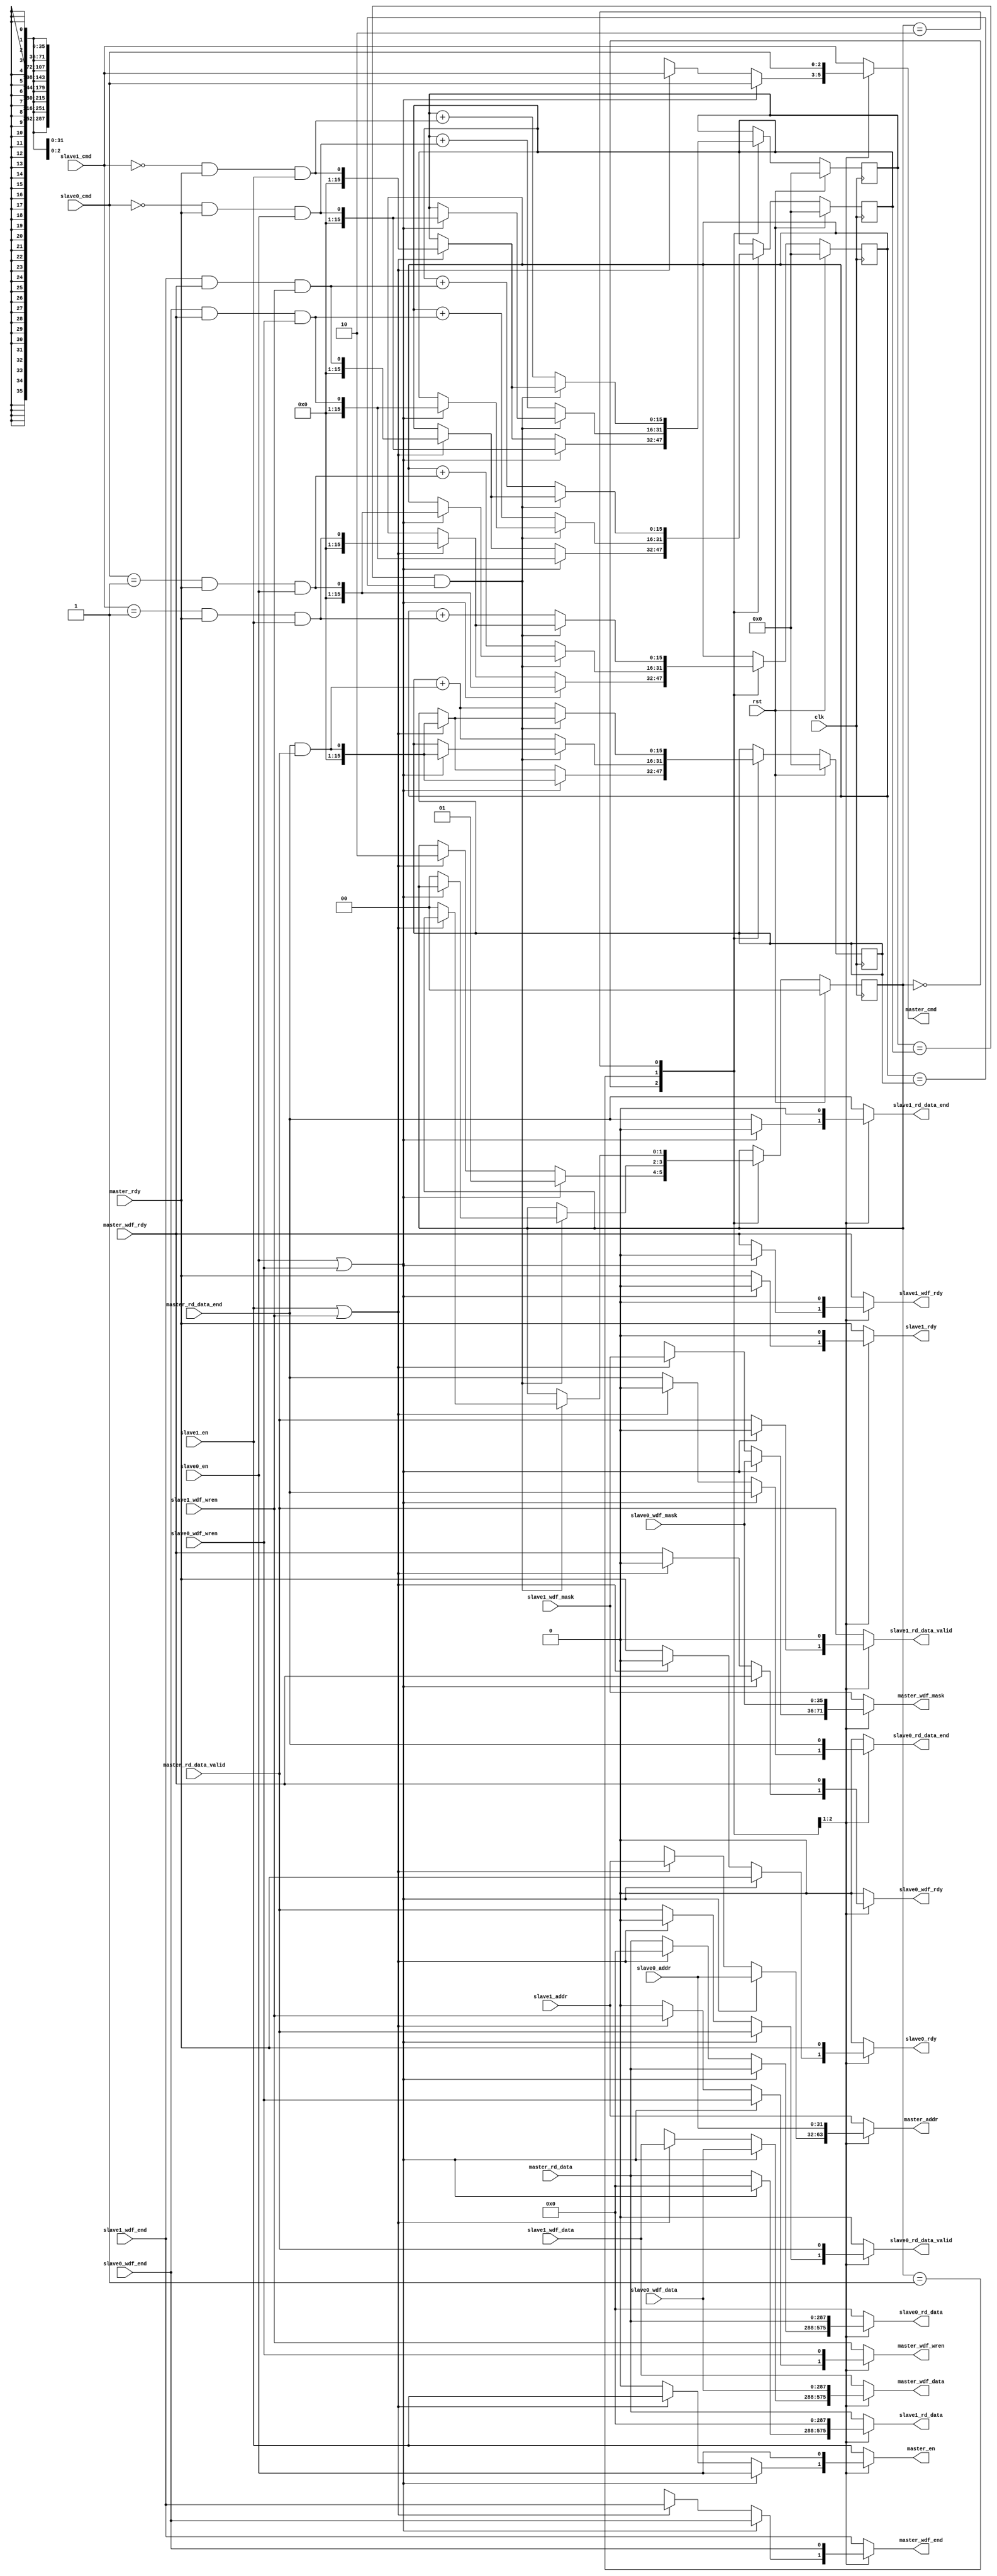
module ddr3_arbiter(
 input  clk,
 input  rst,

 // signals to/from ddr3 
 output reg [ 31:0]master_addr,
 output reg        master_wdf_wren,     // positive logic write strobe
 output reg        master_en,           // equivalent to master_cmd_valid
 output reg [287:0]master_wdf_data,
 output reg [ 35:0]master_wdf_mask,
 output reg [  2:0]master_cmd,          // new output (000=write, 001=read)
 output reg        master_wdf_end,      // new output - last write value
 input      [287:0]master_rd_data,
 input             master_rd_data_valid,
 input             master_rd_data_end,  // new input - last read value
 input             master_rdy,          // ready for command
 input             master_wdf_rdy,      // write data fifo ready

 // signals to/from async fifo (this one has priority)
 input      [ 31:0]slave0_addr,
 input             slave0_wdf_wren,
 input             slave0_en,
 input      [287:0]slave0_wdf_data,
 input      [ 35:0]slave0_wdf_mask,
 input      [  2:0]slave0_cmd,
 input             slave0_wdf_end,
 output reg [287:0]slave0_rd_data,
 output reg        slave0_rd_data_valid,
 output reg        slave0_rd_data_end,
 output reg        slave0_rdy,
 output reg        slave0_wdf_rdy,

 // sniffer signals (low priority and read-only)
 input      [ 31:0]slave1_addr,
 input             slave1_wdf_wren,
 input             slave1_en,
 input      [287:0]slave1_wdf_data,
 input      [ 35:0]slave1_wdf_mask,
 input      [  2:0]slave1_cmd,
 input             slave1_wdf_end,
 output reg [287:0]slave1_rd_data,
 output reg        slave1_rd_data_valid,
 output reg        slave1_rd_data_end,
 output reg        slave1_rdy,
 output reg        slave1_wdf_rdy
);
//------------------------------------------------------------------------------

// Command constants
localparam READ  = 3'b001;
localparam WRITE = 3'b000;
//------------------------------------------------------------------------------

// The different states are required to handle the different read and write
// cycle timing options

reg   [1:0]State;
localparam Idle   = 2'd0;
localparam S0Busy = 2'd1;
localparam S1Busy = 2'd2;
//------------------------------------------------------------------------------

// This is asynchronous in order to handle the case where both tries to
// command the controller at the same time.

always @(*) begin
 case(State)
  Idle: begin
   if(slave0_en | slave0_wdf_wren) begin // Higher priority
    master_cmd           <= slave0_cmd;
    master_addr          <= slave0_addr;
    master_en            <= slave0_en;

    master_wdf_data      <= slave0_wdf_data;
    master_wdf_mask      <= slave0_wdf_mask;
    master_wdf_end       <= slave0_wdf_end;
    master_wdf_wren      <= slave0_wdf_wren;
    
    slave0_rdy           <= master_rdy;
    slave0_wdf_rdy       <= master_wdf_rdy;

    slave0_rd_data       <= master_rd_data;
    slave0_rd_data_valid <= master_rd_data_valid;
    slave0_rd_data_end   <= master_rd_data_end;

    slave1_rdy           <= 0;
    slave1_wdf_rdy       <= 0;

    slave1_rd_data       <= 0;
    slave1_rd_data_valid <= 0;
    slave1_rd_data_end   <= 0;

   end else if(slave1_en | slave1_wdf_wren) begin
    master_cmd           <= slave1_cmd;
    master_addr          <= slave1_addr;
    master_en            <= slave1_en;

    master_wdf_data      <= slave1_wdf_data;
    master_wdf_mask      <= slave1_wdf_mask;
    master_wdf_end       <= slave1_wdf_end;
    master_wdf_wren      <= slave1_wdf_wren;

    slave0_rdy           <= 0;
    slave0_wdf_rdy       <= 0;

    slave0_rd_data       <= 0;
    slave0_rd_data_valid <= 0;
    slave0_rd_data_end   <= 0;
    
    slave1_rdy           <= master_rdy;
    slave1_wdf_rdy       <= master_wdf_rdy;

    slave1_rd_data       <= master_rd_data;
    slave1_rd_data_valid <= master_rd_data_valid;
    slave1_rd_data_end   <= master_rd_data_end;

   end else begin
    master_cmd           <= 'hX;
    master_addr          <= 'hX;
    master_en            <=   0;

    master_wdf_data      <= 'hX;
    master_wdf_mask      <= 'hX;
    master_wdf_end       <= 'hX;
    master_wdf_wren      <=   0;
    
    slave0_rdy           <= master_rdy;
    slave0_wdf_rdy       <= master_wdf_rdy;

    slave0_rd_data       <= master_rd_data;
    slave0_rd_data_valid <= master_rd_data_valid;
    slave0_rd_data_end   <= master_rd_data_end;
    
    slave1_rdy           <= master_rdy;
    slave1_wdf_rdy       <= master_wdf_rdy;

    slave1_rd_data       <= master_rd_data;
    slave1_rd_data_valid <= master_rd_data_valid;
    slave1_rd_data_end   <= master_rd_data_end;
   end
  end
//------------------------------------------------------------------------------

  S0Busy: begin
   master_cmd           <= slave0_cmd;
   master_addr          <= slave0_addr;
   master_en            <= slave0_en;

   master_wdf_data      <= slave0_wdf_data;
   master_wdf_mask      <= slave0_wdf_mask;
   master_wdf_end       <= slave0_wdf_end;
   master_wdf_wren      <= slave0_wdf_wren;
    
   slave0_rdy           <= master_rdy;
   slave0_wdf_rdy       <= master_wdf_rdy;

   slave0_rd_data       <= master_rd_data;
   slave0_rd_data_valid <= master_rd_data_valid;
   slave0_rd_data_end   <= master_rd_data_end;

   slave1_rdy           <= 0;
   slave1_wdf_rdy       <= 0;

   slave1_rd_data       <= 0;
   slave1_rd_data_valid <= 0;
   slave1_rd_data_end   <= 0;
  end
//------------------------------------------------------------------------------
  
  default: begin // S1Busy ("default" to prevent inferred latches)
   master_cmd           <= slave1_cmd;
   master_addr          <= slave1_addr;
   master_en            <= slave1_en;

   master_wdf_data      <= slave1_wdf_data;
   master_wdf_mask      <= slave1_wdf_mask;
   master_wdf_end       <= slave1_wdf_end;
   master_wdf_wren      <= slave1_wdf_wren;

   slave0_rdy           <= 0;
   slave0_wdf_rdy       <= 0;

   slave0_rd_data       <= 0;
   slave0_rd_data_valid <= 0;
   slave0_rd_data_end   <= 0;
    
   slave1_rdy           <= master_rdy;
   slave1_wdf_rdy       <= master_wdf_rdy;

   slave1_rd_data       <= master_rd_data;
   slave1_rd_data_valid <= master_rd_data_valid;
   slave1_rd_data_end   <= master_rd_data_end;
  end
 endcase
end
//------------------------------------------------------------------------------

// Useful short-cuts
wire [1:0]WriteCommand;
wire [1:0]WriteEnd;
wire [1:0]ReadCommand;
wire [1:0]ReadEnd;

assign WriteCommand[0] = (slave0_cmd == WRITE) & master_rdy & slave0_en;
assign ReadCommand [0] = (slave0_cmd == READ ) & master_rdy & slave0_en;
assign WriteEnd    [0] = (slave0_wdf_end & master_wdf_rdy & slave0_wdf_wren);
assign ReadEnd     [0] = (master_rd_data_end & master_rd_data_valid);

assign WriteCommand[1] = (slave1_cmd == WRITE) & master_rdy & slave1_en;
assign ReadCommand [1] = (slave1_cmd == READ ) & master_rdy & slave1_en;
assign WriteEnd    [1] = (slave1_wdf_end & master_wdf_rdy & slave1_wdf_wren);
assign ReadEnd     [1] = (master_rd_data_end & master_rd_data_valid);
//------------------------------------------------------------------------------

// The commands and corresponding data transfer is not synchronised, so keep
// counters.  Assume that 16-bit is sufficient (not sure how safe this is...)
reg [15:0]WriteCommandCount;
reg [15:0]WriteEndCount;
reg [15:0]ReadCommandCount;
reg [15:0]ReadEndCount;

always @(posedge clk) begin
 if(rst) begin
  State             <= Idle;
  WriteCommandCount <= 0;
  WriteEndCount     <= 0;
  ReadCommandCount  <= 0;
  ReadEndCount      <= 0;
//------------------------------------------------------------------------------

 end else begin
  case(State)
   Idle: begin
    if(slave0_en | slave0_wdf_wren) begin // Higher priority
     State <= S0Busy; 

     WriteCommandCount <= WriteCommand[0];
     WriteEndCount     <= WriteEnd    [0];
     ReadCommandCount  <= ReadCommand [0];
     ReadEndCount      <= ReadEnd     [0];

    end else if(slave1_en | slave1_wdf_wren) begin
     State <= S1Busy;

     WriteCommandCount <= WriteCommand[1];
     WriteEndCount     <= WriteEnd    [1];
     ReadCommandCount  <= ReadCommand [1];
     ReadEndCount      <= ReadEnd     [1];
    end
   end
//------------------------------------------------------------------------------

   S0Busy: begin
    if(
     (WriteCommandCount == WriteEndCount) && 
     (ReadCommandCount  == ReadEndCount )
    ) begin
     // At this point, another transaction can potentially be lodged...
     if(slave0_en | slave0_wdf_wren) begin
      WriteCommandCount <= WriteCommand[0];
      WriteEndCount     <= WriteEnd    [0];
      ReadCommandCount  <= ReadCommand [0];
      ReadEndCount      <= ReadEnd     [0];

     end else begin // All transactions finished and no new transaction...
      State <= Idle;
     end
     
    end else begin
     WriteCommandCount <= WriteCommandCount + WriteCommand[0];
     WriteEndCount     <= WriteEndCount     + WriteEnd    [0];
     ReadCommandCount  <= ReadCommandCount  + ReadCommand [0];
     ReadEndCount      <= ReadEndCount      + ReadEnd     [0];
    end
   end
//------------------------------------------------------------------------------

   S1Busy: begin
    if(
     (WriteCommandCount == WriteEndCount) && 
     (ReadCommandCount  == ReadEndCount )
    ) begin
     // At this point, another transaction can potentially be lodged...
     if(slave1_en | slave1_wdf_wren) begin
      WriteCommandCount <= WriteCommand[1];
      WriteEndCount     <= WriteEnd    [1];
      ReadCommandCount  <= ReadCommand [1];
      ReadEndCount      <= ReadEnd     [1];

     end else begin // All transactions finished and no new transaction...
      State <= Idle;
     end
     
    end else begin
     WriteCommandCount <= WriteCommandCount + WriteCommand[1];
     WriteEndCount     <= WriteEndCount     + WriteEnd    [1];
     ReadCommandCount  <= ReadCommandCount  + ReadCommand [1];
     ReadEndCount      <= ReadEndCount      + ReadEnd     [1];
    end
   end
//------------------------------------------------------------------------------

   default:;
  endcase
 end
end
//------------------------------------------------------------------------------

endmodule
//------------------------------------------------------------------------------